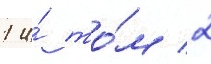
1 и́ то́м 2